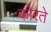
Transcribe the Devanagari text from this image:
कोरते